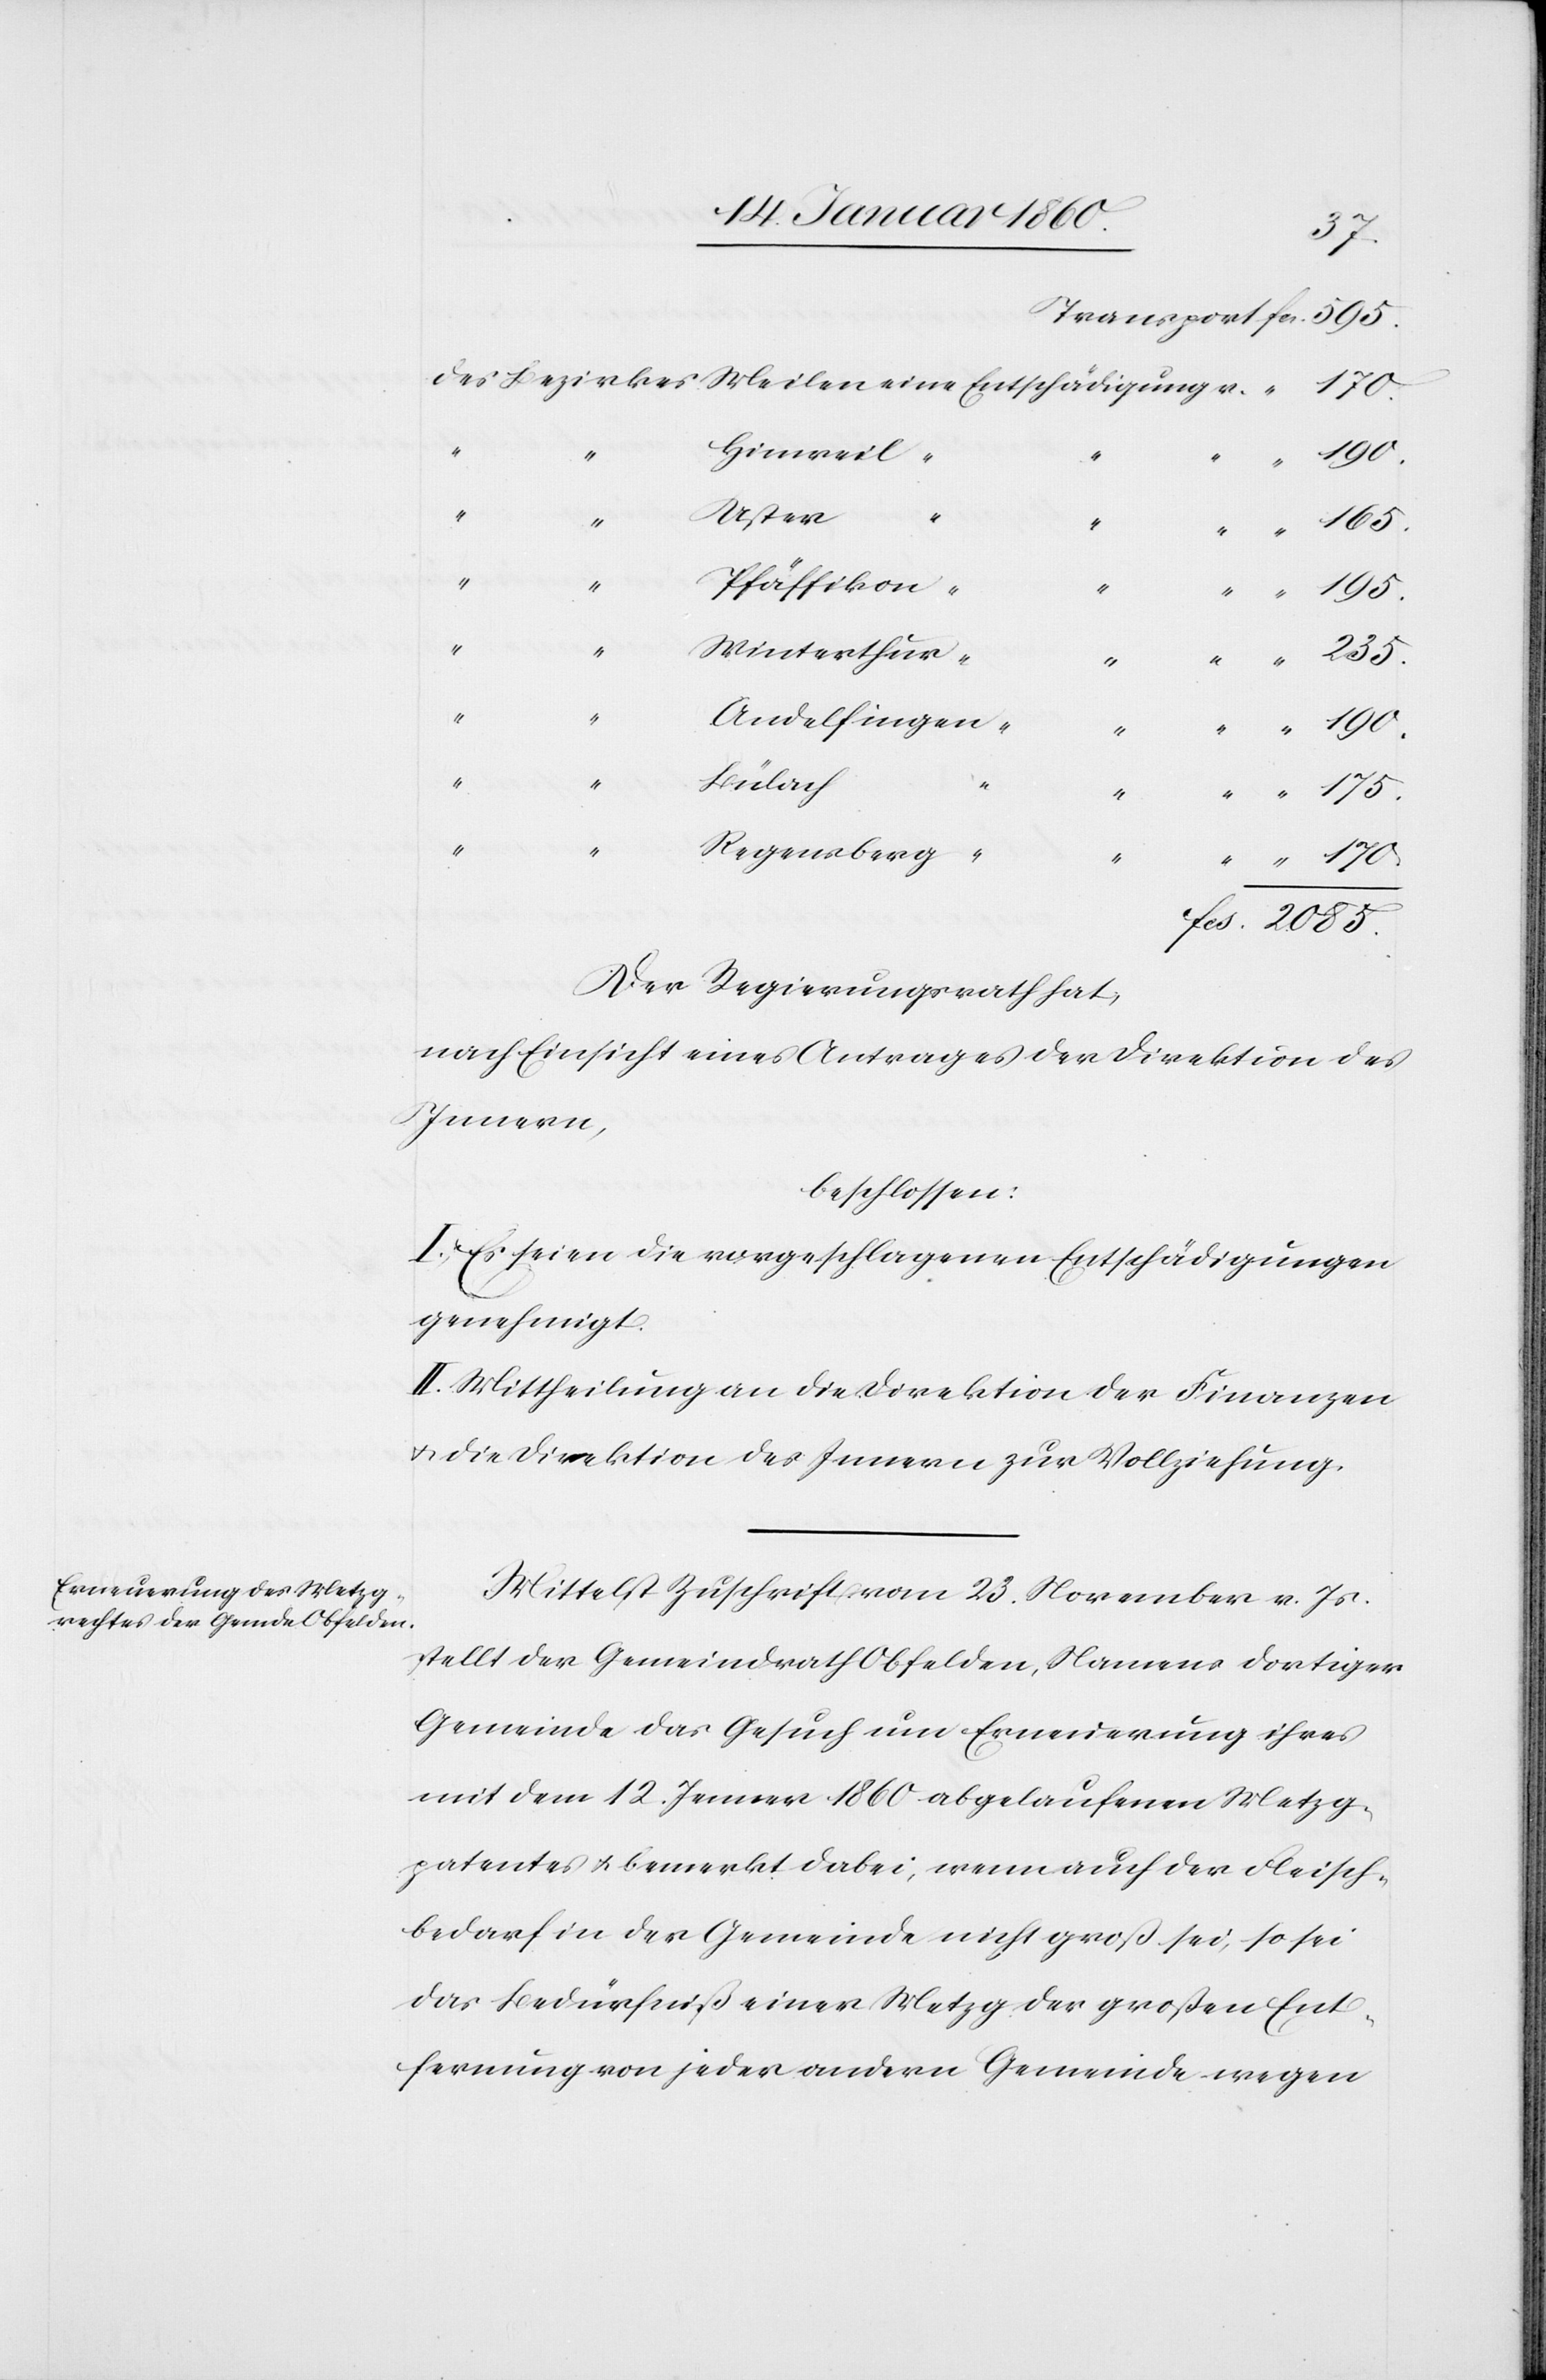
595.
Hinweil
“
2085.
Uster
“
“
“
Pfäffikon
Winterthur
“
“
Andelfingen
Bülach
“
Regensberg
“
Der Regierungsrath hat,
nach Einsicht eines Antrages der Direktion des
Innern,
beschlossen:
I. Es seien die vorgeschlagenen Entschädigungen
genehmigt.
II. Mittheilung an die Direktion der Finanzen
u. die Direktion des Innern zur Vollziehung.
Mittelst Zuschrift vom 23. November v. Js.
stellt der Gemeindrath Obfelden, Namens dortiger
Gemeinde das Gesuch um Erneuerung ihres
mit dem 12. Jenner 1860. abgelaufenen Metzg¬
patentes u. bemerkt dabei; wenn auch der Fleisch¬
bedarf in der Gemeinde nicht groß sei, so sei
das Bedürfniß einer Metzg der großen Ent¬
fernung von jeder andern Gemeinde wegen